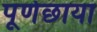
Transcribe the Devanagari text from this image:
पूर्णछाया